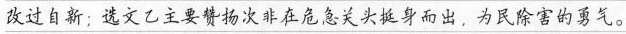
改过自新；选文乙主要赞扬次非在危急关挺身而出，为民除害的勇气。